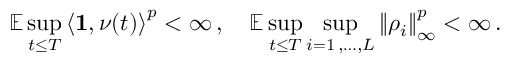
\mathbb { E } \operatorname* { s u p } _ { t \leq T } \left\langle \mathbf { 1 } , \nu ( t ) \right\rangle ^ { p } < \infty \, , \quad \mathbb { E } \operatorname* { s u p } _ { t \leq T } \operatorname* { s u p } _ { i = 1 \, , \dots , L } \left\| \rho _ { i } \right\| _ { \infty } ^ { p } < \infty \, .